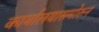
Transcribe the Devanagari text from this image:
कार्यालयासमोरुन